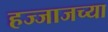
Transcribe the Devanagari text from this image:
हज्जाजच्या